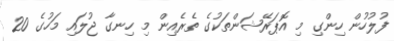
ފުލުހުން ހިންގި މި އޮޕަރޭޝަންތަކުގެ ތެރެއިން މި ހިނގާ ޖުލައި މަހުގެ 20